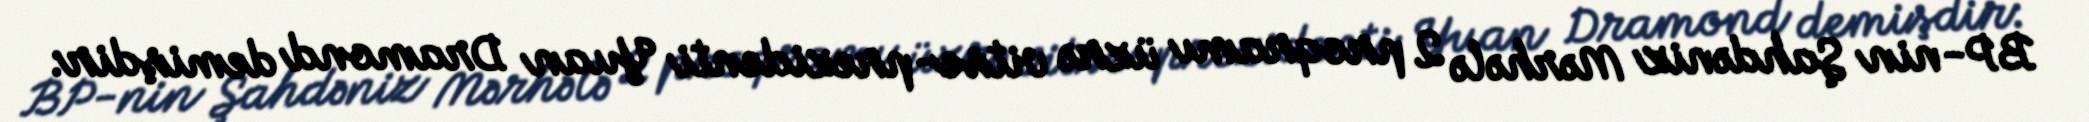
BP-nin Şahdəniz Mərhələ 2 proqramı üzrə vitse-prezidenti Yuan Dramond demişdir: